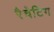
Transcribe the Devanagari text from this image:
रैचेटिंग